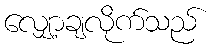
လျှော့ချလိုက်သည်